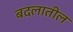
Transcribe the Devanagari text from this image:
बदलातील